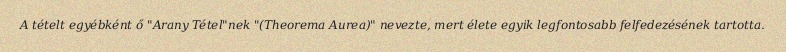
A tételt egyébként ő "Arany Tétel"nek "(Theorema Aurea)" nevezte, mert élete egyik legfontosabb felfedezésének tartotta.